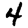
Digit: 4